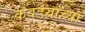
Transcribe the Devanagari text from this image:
कवडय़ांच्या